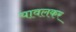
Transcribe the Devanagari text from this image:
यावलकर